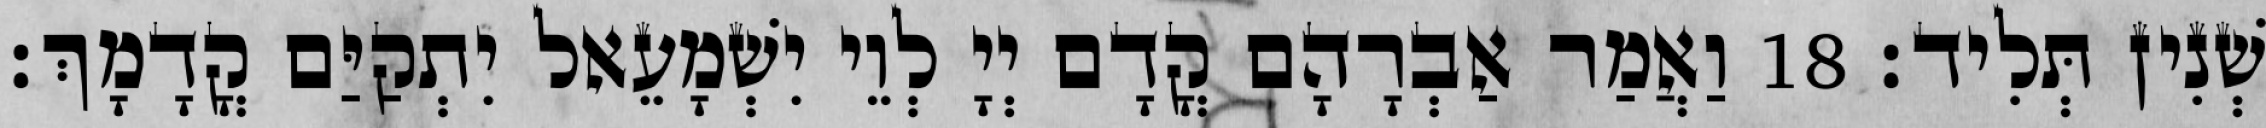
שְׁנִין תְּלִיד׃ 18 וַאֲמַר אַבְרָהָם קֳדָם יְיָ לְוֵי יִשְׁמָעֵאל יִתְקַיַּם קֳדָמָךְ׃